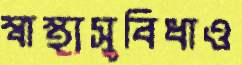
স্বাস্থ্যসুবিধাও